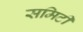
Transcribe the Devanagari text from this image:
समिटी